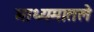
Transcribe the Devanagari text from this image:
माध्यमातले